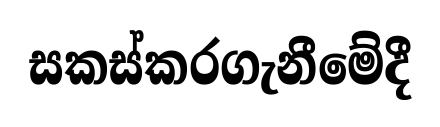
සකස්කරගැනීමේදී